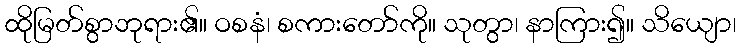
ထိုမြတ်စွာဘုရား၏။ ဝစနံ၊ စကားတော်ကို။ သုတွာ၊ နာကြား၍။ သိယျော၊